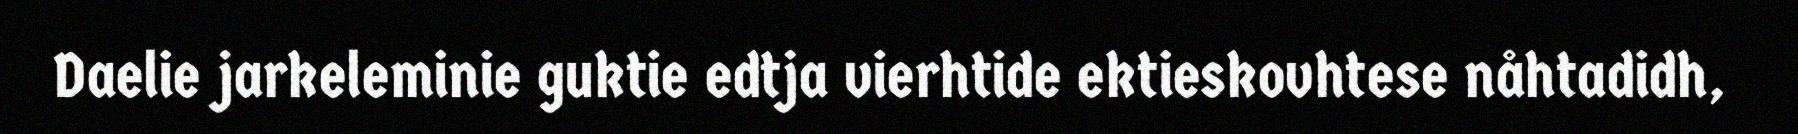
Daelie jarkeleminie guktie edtja vierhtide ektieskovhtese nåhtadidh,